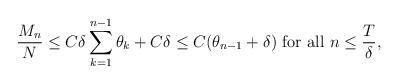
LaTeX: \begin{align*} \frac{M_n}{N} \le C \delta \sum_{k=1}^{n-1} \theta_k + C \delta \le C (\theta_{n-1} + \delta ) \mbox{ for all } n \le \frac{T}{\delta } ,\end{align*}